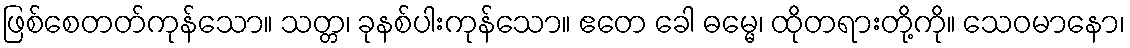
ဖြစ်စေတတ်ကုန်သော။ သတ္တ၊ ခုနစ်ပါးကုန်သော။ ဧတေ ခေါ ဓမ္မေ၊ ထိုတရားတို့ကို။ သေဝမာနော၊